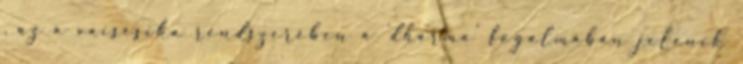
, az a vaisésika rendszerében a 'dharma' fogalmában jelenik